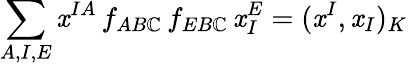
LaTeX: \sum_{A,I,E}\mathit{x}^{IA}\, f_{AB\mathbb{C}}\, f_{EB\mathbb{C}}\, \mathit{x}_{I}^{E}=(\mathit{x}^{I},\mathit{x}_{I})_{K}